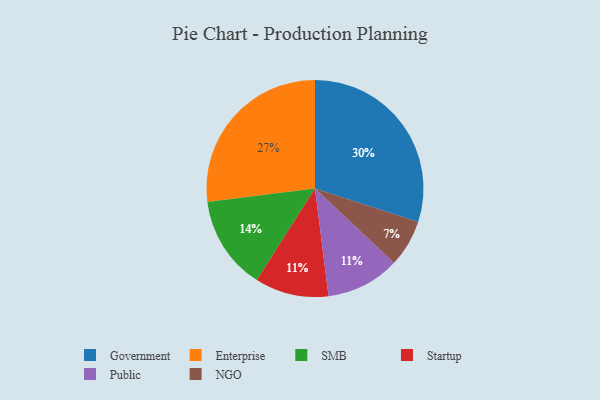
{"axis": {"x": "Category", "y": "Percentage"}, "legend": ["Enterprise", "Government", "NGO", "Public", "SMB", "Startup"], "data": [{"x": "Enterprise", "y": 27, "type": "Enterprise"}, {"x": "SMB", "y": 14, "type": "SMB"}, {"x": "Government", "y": 30, "type": "Government"}, {"x": "Startup", "y": 11, "type": "Startup"}, {"x": "NGO", "y": 7, "type": "NGO"}, {"x": "Public", "y": 11, "type": "Public"}]}